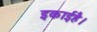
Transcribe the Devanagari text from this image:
इकाईहै।